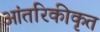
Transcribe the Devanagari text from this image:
आंतरिकीकृत